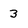
Character: 3